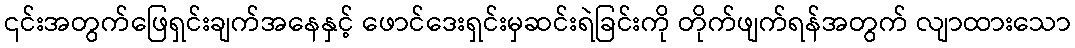
၎င်းအတွက်ဖြေရှင်းချက်အနေနှင့် ဖောင်ဒေးရှင်းမှဆင်းရဲခြင်းကို တိုက်ဖျက်ရန်အတွက် လျာထားသော